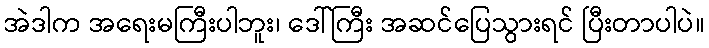
အဲဒါက အရေးမကြီးပါဘူး၊ ဒေါ်ကြီး အဆင်ပြေသွားရင် ပြီးတာပါပဲ။